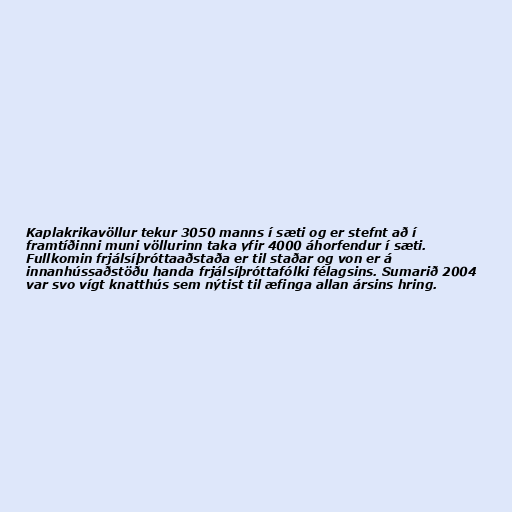
Kaplakrikavöllur tekur 3050 manns í sæti og er stefnt að í
framtíðinni muni völlurinn taka yfir 4000 áhorfendur í sæti.
Fullkomin frjálsíþróttaaðstaða er til staðar og von er á
innanhússaðstöðu handa frjálsíþróttafólki félagsins. Sumarið 2004
var svo vígt knatthús sem nýtist til æfinga allan ársins hring.